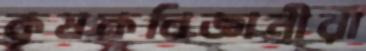
কৃষকবিজ্ঞানীরা